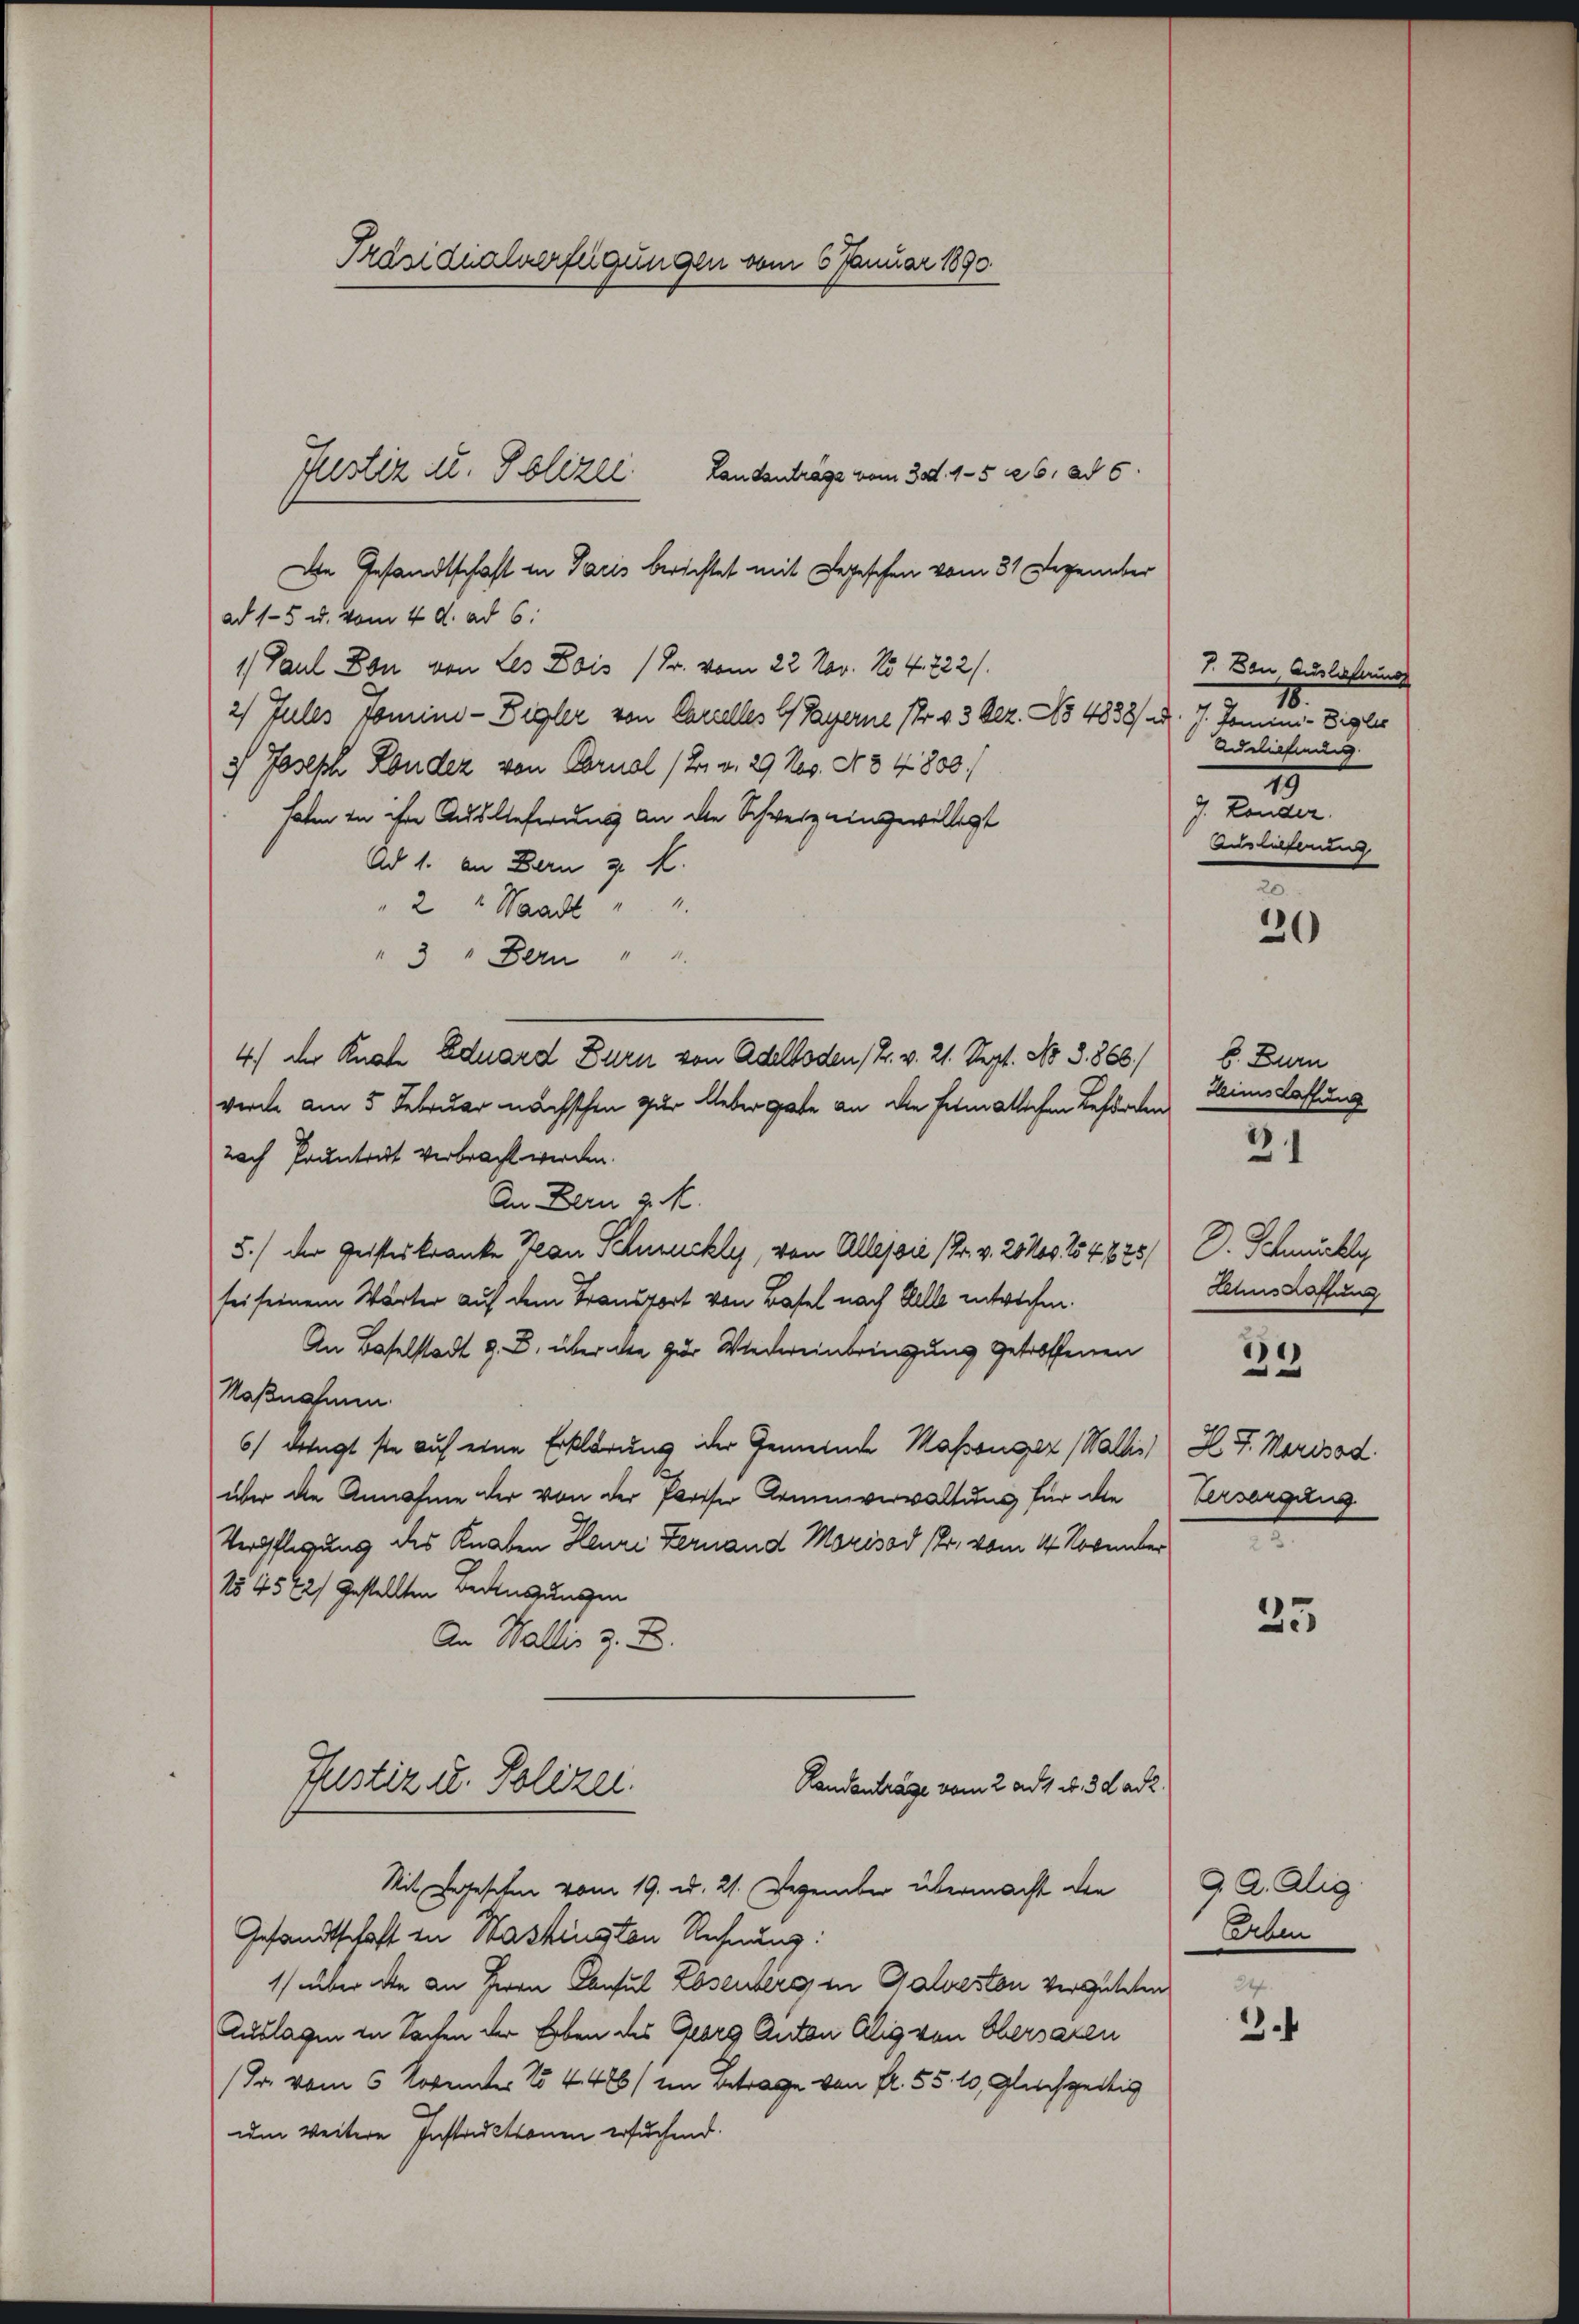
Präsidialverfügungen vom 6 Januar 1890.

Landanträge vom 30. 4-5 26. ad 6.
Die Gesandtschaft in Tacis berichtet mit Legeschen vom 31. Dezember
ad 15 u. vom 4. d. ad 6.
1. Paul Don von Les Lois (Fr. vom 22. Nov. No 4. 722.
2) Zules Tomino-Digler von Carielles G. Payerne 1fr. 4 3 Dez. No 4838/ ed. 7. Domini-Diales
) Joseph Londer von Cornal (2. v. 29 Jes. N. 8 4800.
haten in ihre Auslieferung an die Schweiz eingewilligt
Ad 1. an Bern z. K.
" 2 " Waadt " "
3 " Bern " "
4) der Knabe Eduard Durn von Adelboden 12. v. 21. Sept. No. 3. 868.
werde am 5. Februar nächsthen zur Ueber gute an die Heimatlichen Beförden
nach Pruntrut verbracht werden.
An Bern z. R.
5.) Der Geisteskranke an Schmuckle, von Allepsie (Fr. v. 2000. 154825/
sei seinem Wärter auf dem Transport von Basel nach Kelle entwichen.
An Baselstadt z. B. über alle zur Wiedereinbringung getroffenen
Naßnahmen.
6) dringt sie auf eine Erklärung der Gemeinde Massenger Wallis H. F. Marisad.
über die Annahme der von der Pariser Armenverwaltung für die
Verpflegung des Knaben Henri Fernand Morisad sr. vom 14. Novunter
N54542/ gestellten Bedingungen
An Wallis z. B.
Justiz u. Polizei.
Randanträge vom 2. ad 1. d. 3 d ad 2.
Mit Legesehen vom 19. d. 21. Dezember übermacht den
Gesandtschaft in Washington Rechnung:
1) überate an Herrn Consul Rosenberg in Galveston vergüteten
Auslagen in Sachen der Erben des Georg Anton Alig von Obersaren
(Dr. vom 5. Novemter No 4486/ in Betrage von fl. 55. 10, Gleichzeitig
um weitere Instructionen ersuchend.

Justiz zu. Polizei

7. Den Auslehrung
18.
Adelieferung
19
J. Lander.
Auslieferung

20

b. Burn
Heimsdaffung
23.

D. Schmucker
Lehnschaffung

32

Versorgung
23.

25

9. A. Alig
Erben
24.

3.